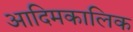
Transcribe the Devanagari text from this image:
आदिमकालिक